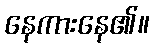
နေကားနေ၏။